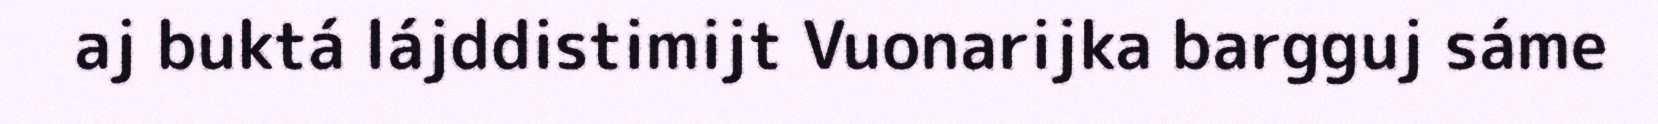
aj buktá lájddistimijt Vuonarijka bargguj sáme